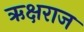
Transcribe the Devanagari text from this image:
ऋक्षराज